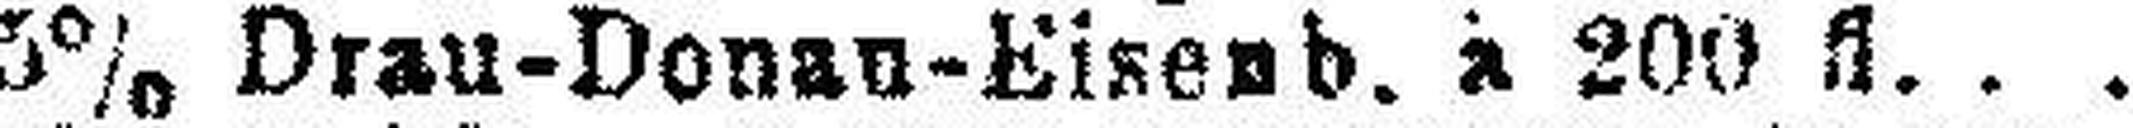
5% Drau-Donau-Eisenb. à 200 fl.